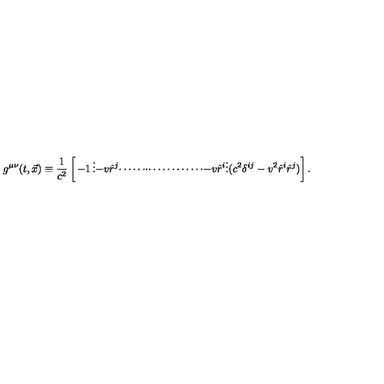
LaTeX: g ^ { \mu \nu } ( t , \vec { x } ) \equiv { \frac { 1 } { c ^ { 2 } } } \left[ \begin{matrix} { - 1 } & { \vdots } & { - v \hat { r } ^ { j } } \\ { \cdots \cdots } & { \cdot } & { \cdots \cdots \cdots \cdots } \\ { - v \hat { r } ^ { i } } & { \vdots } & { ( c ^ { 2 } \delta ^ { i j } - v ^ { 2 } \hat { r } ^ { i } \hat { r } ^ { j } ) } \\ \end{matrix} \right] .